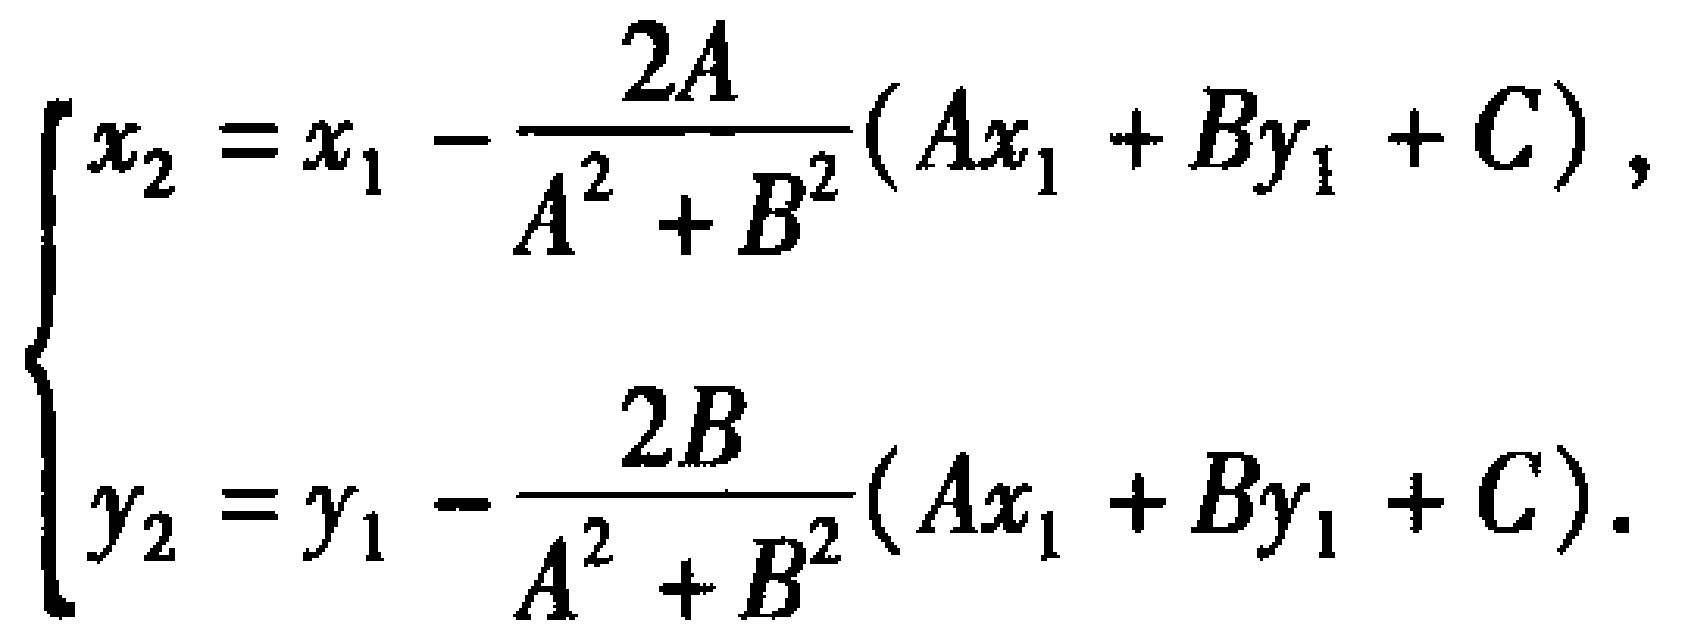
\[
\begin{cases}
x_{2}=x_{1}-\frac{2A}{A^{2}+B^{2}}(Ax_{1}+By_{1}+C),\\
y_{2}=y_{1}-\frac{2B}{A^{2}+B^{2}}(Ax_{1}+By_{1}+C).
\end{cases}
\]